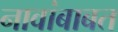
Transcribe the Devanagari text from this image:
नावांबाबत